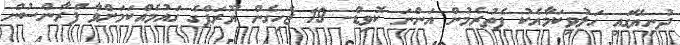
ދުނިޔޭގައި ހަލުވިކަމާއެކު ފެތުރެމުން އަންނަ ކޮވިޑް- 19 ޖެހިގެން ޔޫރަޕްގެ ގައުމެއްކަމަށްވާ ފްރާންސުން